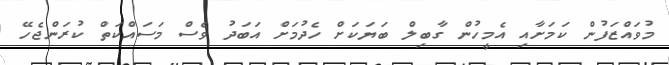
މުވައްޒަފުން ކަމަށާއި އެމީހުން ގާބިލް ބަޔަކަށް ހެދުމަށް އަބަދު ވެސް މަސައްކަތް ކުރަންޖެހޭ